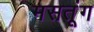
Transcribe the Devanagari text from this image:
मसतूंग